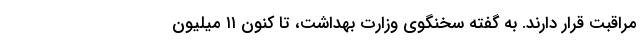
مراقبت قرار دارند. به گفته سخنگوی وزارت بهداشت، تا کنون ۱۱ میلیون